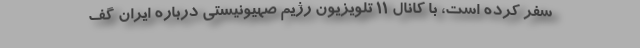
سفر کرده است، با کانال ۱۱ تلویزیون رژیم صهیونیستی درباره ایران گف